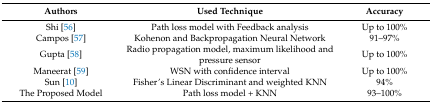
| Authors | Used Technique | Accuracy |
 | --- | --- | --- |
 | Shi [56] | Path loss model with Feedback analysis | Up to 100% |
 | Campos [57] | Kohenon and Backpropagation Neural Network | 91–97% |
 | Gupta [58] | Radio propagation model, maximum likelihood and pressure sensor | Up to 100% |
 | Maneerat [59] | WSN with confidence interval | Up to 100% |
 | Sun [10] | Fisher’s Linear Discriminant and weighted KNN | 94% |
 | The Proposed Model | Path loss model + KNN | 93–100% |